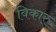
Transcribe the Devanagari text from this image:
विकार्